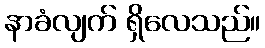
နာခံလျက် ရှိလေသည်။